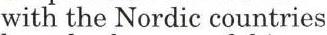
with the Nordic countries